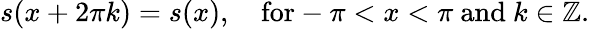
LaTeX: s(x+2\pi k)=s(x),\quad\mathrm{for}-\pi<x<\pi{\mathrm{~and~}}k\in\mathbb{Z}.